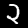
Digit: 2